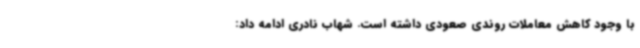
با وجود کاهش معاملات روندی صعودی داشته است. شهاب نادری ادامه داد: